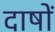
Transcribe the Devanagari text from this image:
दाषों